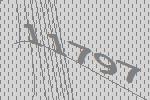
11797